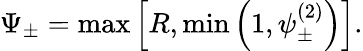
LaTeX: \Psi_{\pm}=\operatorname*{max}\left[R,\operatorname*{min}\left(1,\psi_{\pm}^{(2)}\right)\right].